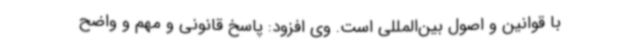
با قوانین و اصول بین‌المللی است. وی افزود: پاسخ قانونی و مهم و واضح